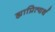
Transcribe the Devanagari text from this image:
ह्याप्रित्यर्थ